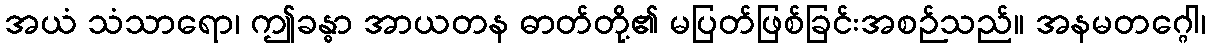
အယံ သံသာရော၊ ဤခန္ဓာ အာယတန ဓာတ်တို့၏ မပြတ်ဖြစ်ခြင်းအစဉ်သည်။ အနမတဂ္ဂေါ၊